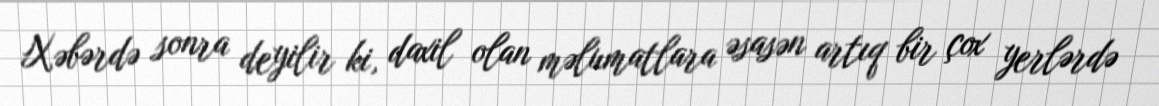
Xəbərdə sonra deyilir ki, daxil olan məlumatlara əsasən artıq bir çox yerlərdə